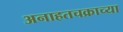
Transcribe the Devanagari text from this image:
अनाहतचक्राच्या